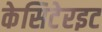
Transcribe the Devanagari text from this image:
केसिटेरइट